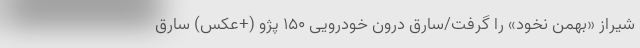
شیراز «بهمن نخود» را گرفت/سارقِ درون خودرویی 150 پژو (+عکس) سارق